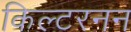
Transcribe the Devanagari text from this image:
किल्टरनन